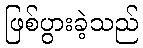
ဖြစ်ပွားခဲ့သည်